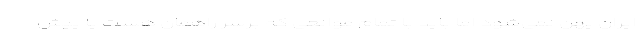
ایران پهن نمی‌شود اما باید با تمام موانعی که برسر راهمان هست یا پیش